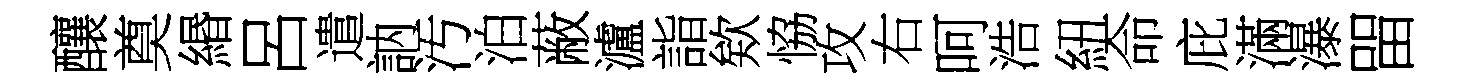
釀奠緡呂遣訥汚泊蔽瀘詣欸恊攻右呵浩紐命庇滿瀑㽞